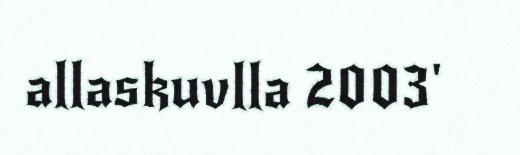
allaskuvlla 2003'